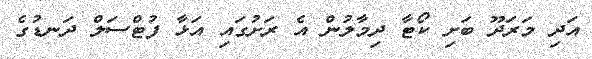
އަދި މަރަދޫ ބަށި ކޯޓާ ދިމާލުން އެ ރަށުގައި އަޅާ ފުޓްސަލް ދަނޑުގެ